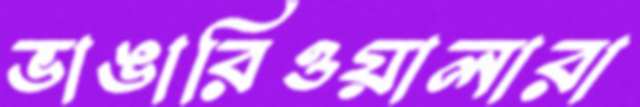
ভাঙারিওয়ালারা